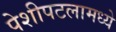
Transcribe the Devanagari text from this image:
पेशीपटलामध्ये